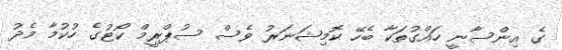
ގެ އިންސާނީ ހައްގުތަކާ ބެހޭ ކޮމިޝަނަރު ވެސް ސުޕްރީމް ކޯޓުގެ ހުކުމާ މެދު